Report on vaccination North-West Frontier Province 1904-1922 - 1904-1922
Year: 1904
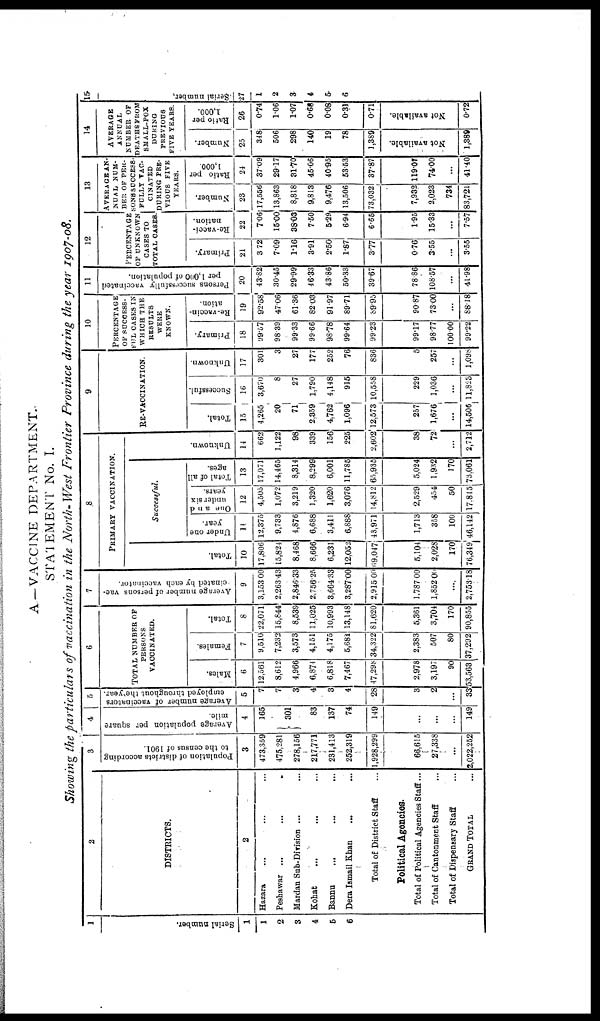
A—VACCINE DEPARTMENT.
STATEMENT No. I.
Showing the particulars of vaccination in the North-West Frontier Province during the year 1907-08.
1
Serial number.
1
1
2
3
4
5
6
2
DISTRICTS.
2
Hazara ... ... ...
Peshawar ...
...
...
Mardan Sub-Division ... ...
Kohat ... ... ...
Bannu
... ... ...
Dera Ismail Khan ... ...
Total of District Staff ...
Political Agencies.
Total of Political Agencies Staff ...
Total of Cantonment Staff ...
Total of Dispensary Staff ...
GRAND TOTAL ...
3
Population of districts according
to the census of 1901.
3
473,359
475,281
278,156
217,771
231,413
252,319
1,928,299
66,615
27,338
...
2,022,252
4
Average population per square
mile.
4
165
301
83
137
74
149
...
...
...
149
5
Average number of vaccinators
employed throughout the year.
5
7
7
3
4
3
4
28
3
2
...
33
6
TOTAL NUMBER OF
PERSONS
VACCINATED.
Males.
6
12,561
8,612
4,966
6,874
6,818
7,467
47,298
2,978
3,197
90
53,563
Females.
7
9,510
7,232
3,573
4,151
4,175
5,681
34,322
2,383
507
80
37,292
Total.
8
22,071
15,844
8,539
11,025
10,993
13,148
81,620
5,361
3,704
170
90,855
7
Average number of persons vac-
cinated by each vaccinator.
9
3,153.00
2,263.43
2,846.33
2,756.25
3,664.33
3,287.00
2,915.00
1,787.00
1,852.00
...
2,753.18
8
PRIMARY VACCINATION.
Total.
10
17,806
15,824
8,468
8,666
6,231
12,052
69,047
5,104
2,028
170
76,349
Successful.
Under one
year.
11
12,375
9,733
4,876
6,688
3,411
6,888
43,971
1,713
358
100
46,142
One and
under six
years.
12
4,505
1,072
3,219
1,320
1,620
3,076
14,812
2,529
454
50
17,845
Total of all
ages.
13
17,071
14,465
8,314
8,299
6,001
11,785
65,935
5,024
1,932
170
73,061
Unknown.
14
662
1,122
98
339
156
225
2,602
38
72
...
2,712
9
RE-VACCINATION.
Total.
15
4,265
20
71
2,359
4,762
1,096
12,573
257
1,676
...
14,506
Successful.
16
3,670
8
27
1,790
4,148
915
10,558
229
1,036
...
11,823
Unknown.
17
301
3
27
177
252
76
836
5
257
...
1,098
10
PERCENTAGE
OF SUCCESS-
FUL CASES IN
WHICH THE
RESULTS
WERE
KNOWN.
Primary.
18
99.57
98.39
99.33
99.66
98.78
99.64
99.23
99.17
98.77
100.00
99.22
Re-vaccin-
ation.
19
92.58
47.06
61.36
82.03
91.97
89.71
89.95
90.87
73.00
...
88.18
11
Persons successfully vaccinated
per 1,000 of population.
20
43.82
30.45
29.99
46.33
43.86
50.33
39.67
78.86
108.57
...
41.98
12
PERCENTAGE
OF UNKNOWN
CASES TO
TOTAL CASES.
Primary.
21
3.72
7.09
1.16
3.91
2.50
1.87
3.77
0.76
3.55
...
3.55
Re-vacci-
nation.
22
7.06
15.00
38.03
7.50
5.29
6.94
6.65
1.95
15.33
...
7.57
13
AVERAGE AN-
NUAL NUM-
BER OF PER-
SONS SUCCESS-
FULLY VAC-
CINATED
DURING PRE-
VIOUS FIVE
YEARS.
Number.
23
17,556
13,863
8,818
9,813
9,476
13,506
73,032
7,932
2,023
734
83,721
Ratio per
1,000.
24
37.09
29.17
31.70
45.06
40.95
53.53
37.87
119.07
74.00
...
41.40
14
AVERAGE
ANNUAL
NUMBER OF
DEATHS FROM
SMALL-POX
DURING
PREVIOUS
FIVE YEARS.
Number.
25
348
506
298
140
19
78
1,389
Not available.
1,389
Ratio per
1,000.
26
0.74
1.06
1.07
0.68
0.08
0.31
0.71
Not available.
0.72
15
Serial number.
27
1
2
3
4
5
6